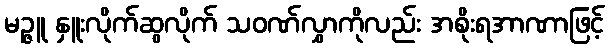
မဉ္ဇူ နှူးလိုက်ဆွလိုက် သဝဏ်လွှာကိုလည်း အစိုးရအာဏာဖြင့်